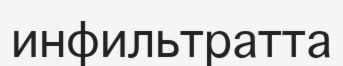
инфильтратта